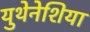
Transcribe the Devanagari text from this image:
युथेनेशिया